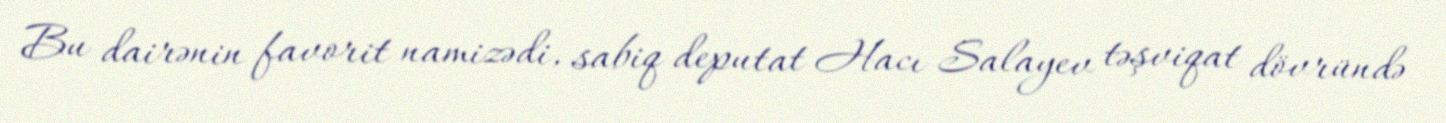
Bu dairənin favorit namizədi, sabiq deputat Hacı Salayev təşviqat dövründə